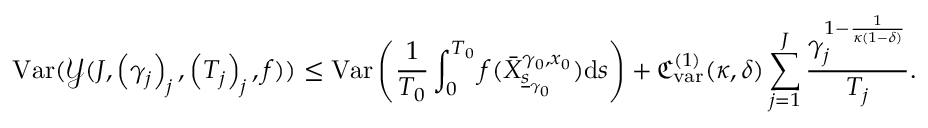
\mathrm { V a r } ( \mathcal { Y } ( J , \left( \gamma _ { j } \right) _ { j } , \left( T _ { j } \right) _ { j } , f ) ) \le \mathrm { V a r } \left( \frac { 1 } { T _ { 0 } } \int _ { 0 } ^ { T _ { 0 } } f ( \bar { X } _ { \underline { { s } } _ { \gamma _ { 0 } } } ^ { \gamma _ { 0 } , x _ { 0 } } ) \mathrm { d } s \right) + \mathfrak { C _ { \mathrm { v a r } } ^ { ( 1 ) } } ( \kappa , \delta ) \sum _ { j = 1 } ^ { J } \frac { \gamma _ { j } ^ { 1 - \frac { 1 } { \kappa ( 1 - \delta ) } } } { T _ { j } } .